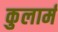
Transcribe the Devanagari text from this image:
कुलार्म